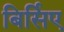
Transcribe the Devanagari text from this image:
बिर्सिए